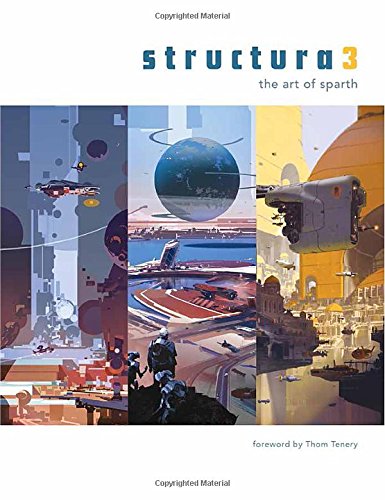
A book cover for Structura 3: The Art of Sparth; Arts & Photography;